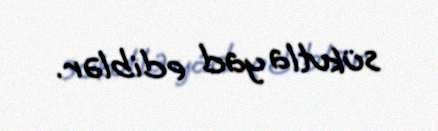
sükutla yad ediblər.